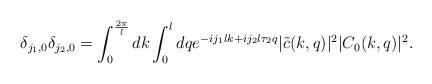
LaTeX: \begin{align*}\delta_{j_1,0}\delta_{j_2,0}=\int_{0}^{\frac{2\pi}{l}}dk\int_{0}^{l}dqe^{-ij_1 lk+ij_2 l\tau_2 q}|\tilde{c}(k,q)|^2|C_0(k,q)|^2.\end{align*}